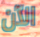
الآن